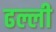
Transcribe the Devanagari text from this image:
ढल्ली